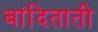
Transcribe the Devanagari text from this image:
बांदिताती